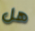
هل